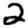
Digit: 2